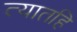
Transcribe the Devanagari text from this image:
त्यातहि